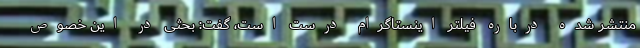
منتشر شده درباره فیلتر اینستاگرام درست است، گفت: بحثی در این خصوص